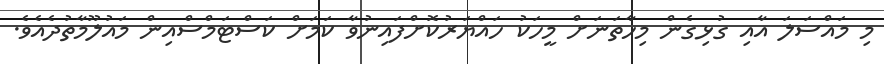
މި މައްސަލަ އާއި ގުޅިގެން މިހާތަނަށް މީހަކު ހައްޔަރުކޮށްފައިނުވާ ކަމަށް ކަސްޓަމްސްއިން މައުލޫމާތުދެއެވެ.